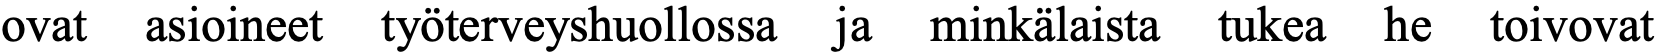
ovat asioineet työterveyshuollossa ja minkälaista tukea he toivovat